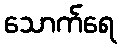
သောက်ရေ